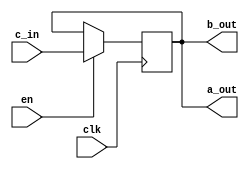
module registerR4(clk,en,c_in,a_out,b_out);
	input clk, en;
	input [15:0] c_in;
	output [15:0] a_out, b_out;
	reg [15:0] memory;
	//reg [15:0] a_out, b_out;
	always@(posedge clk)
		begin
			if (en)
				//a_out <= c_in;
				//b_out <= c_in;
				memory =c_in;
		end

	assign a_out = memory;
	assign b_out = memory;
  
endmodule